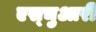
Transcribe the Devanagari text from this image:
एस्चुआरी